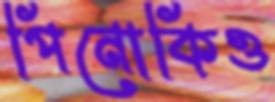
পিনোকিও